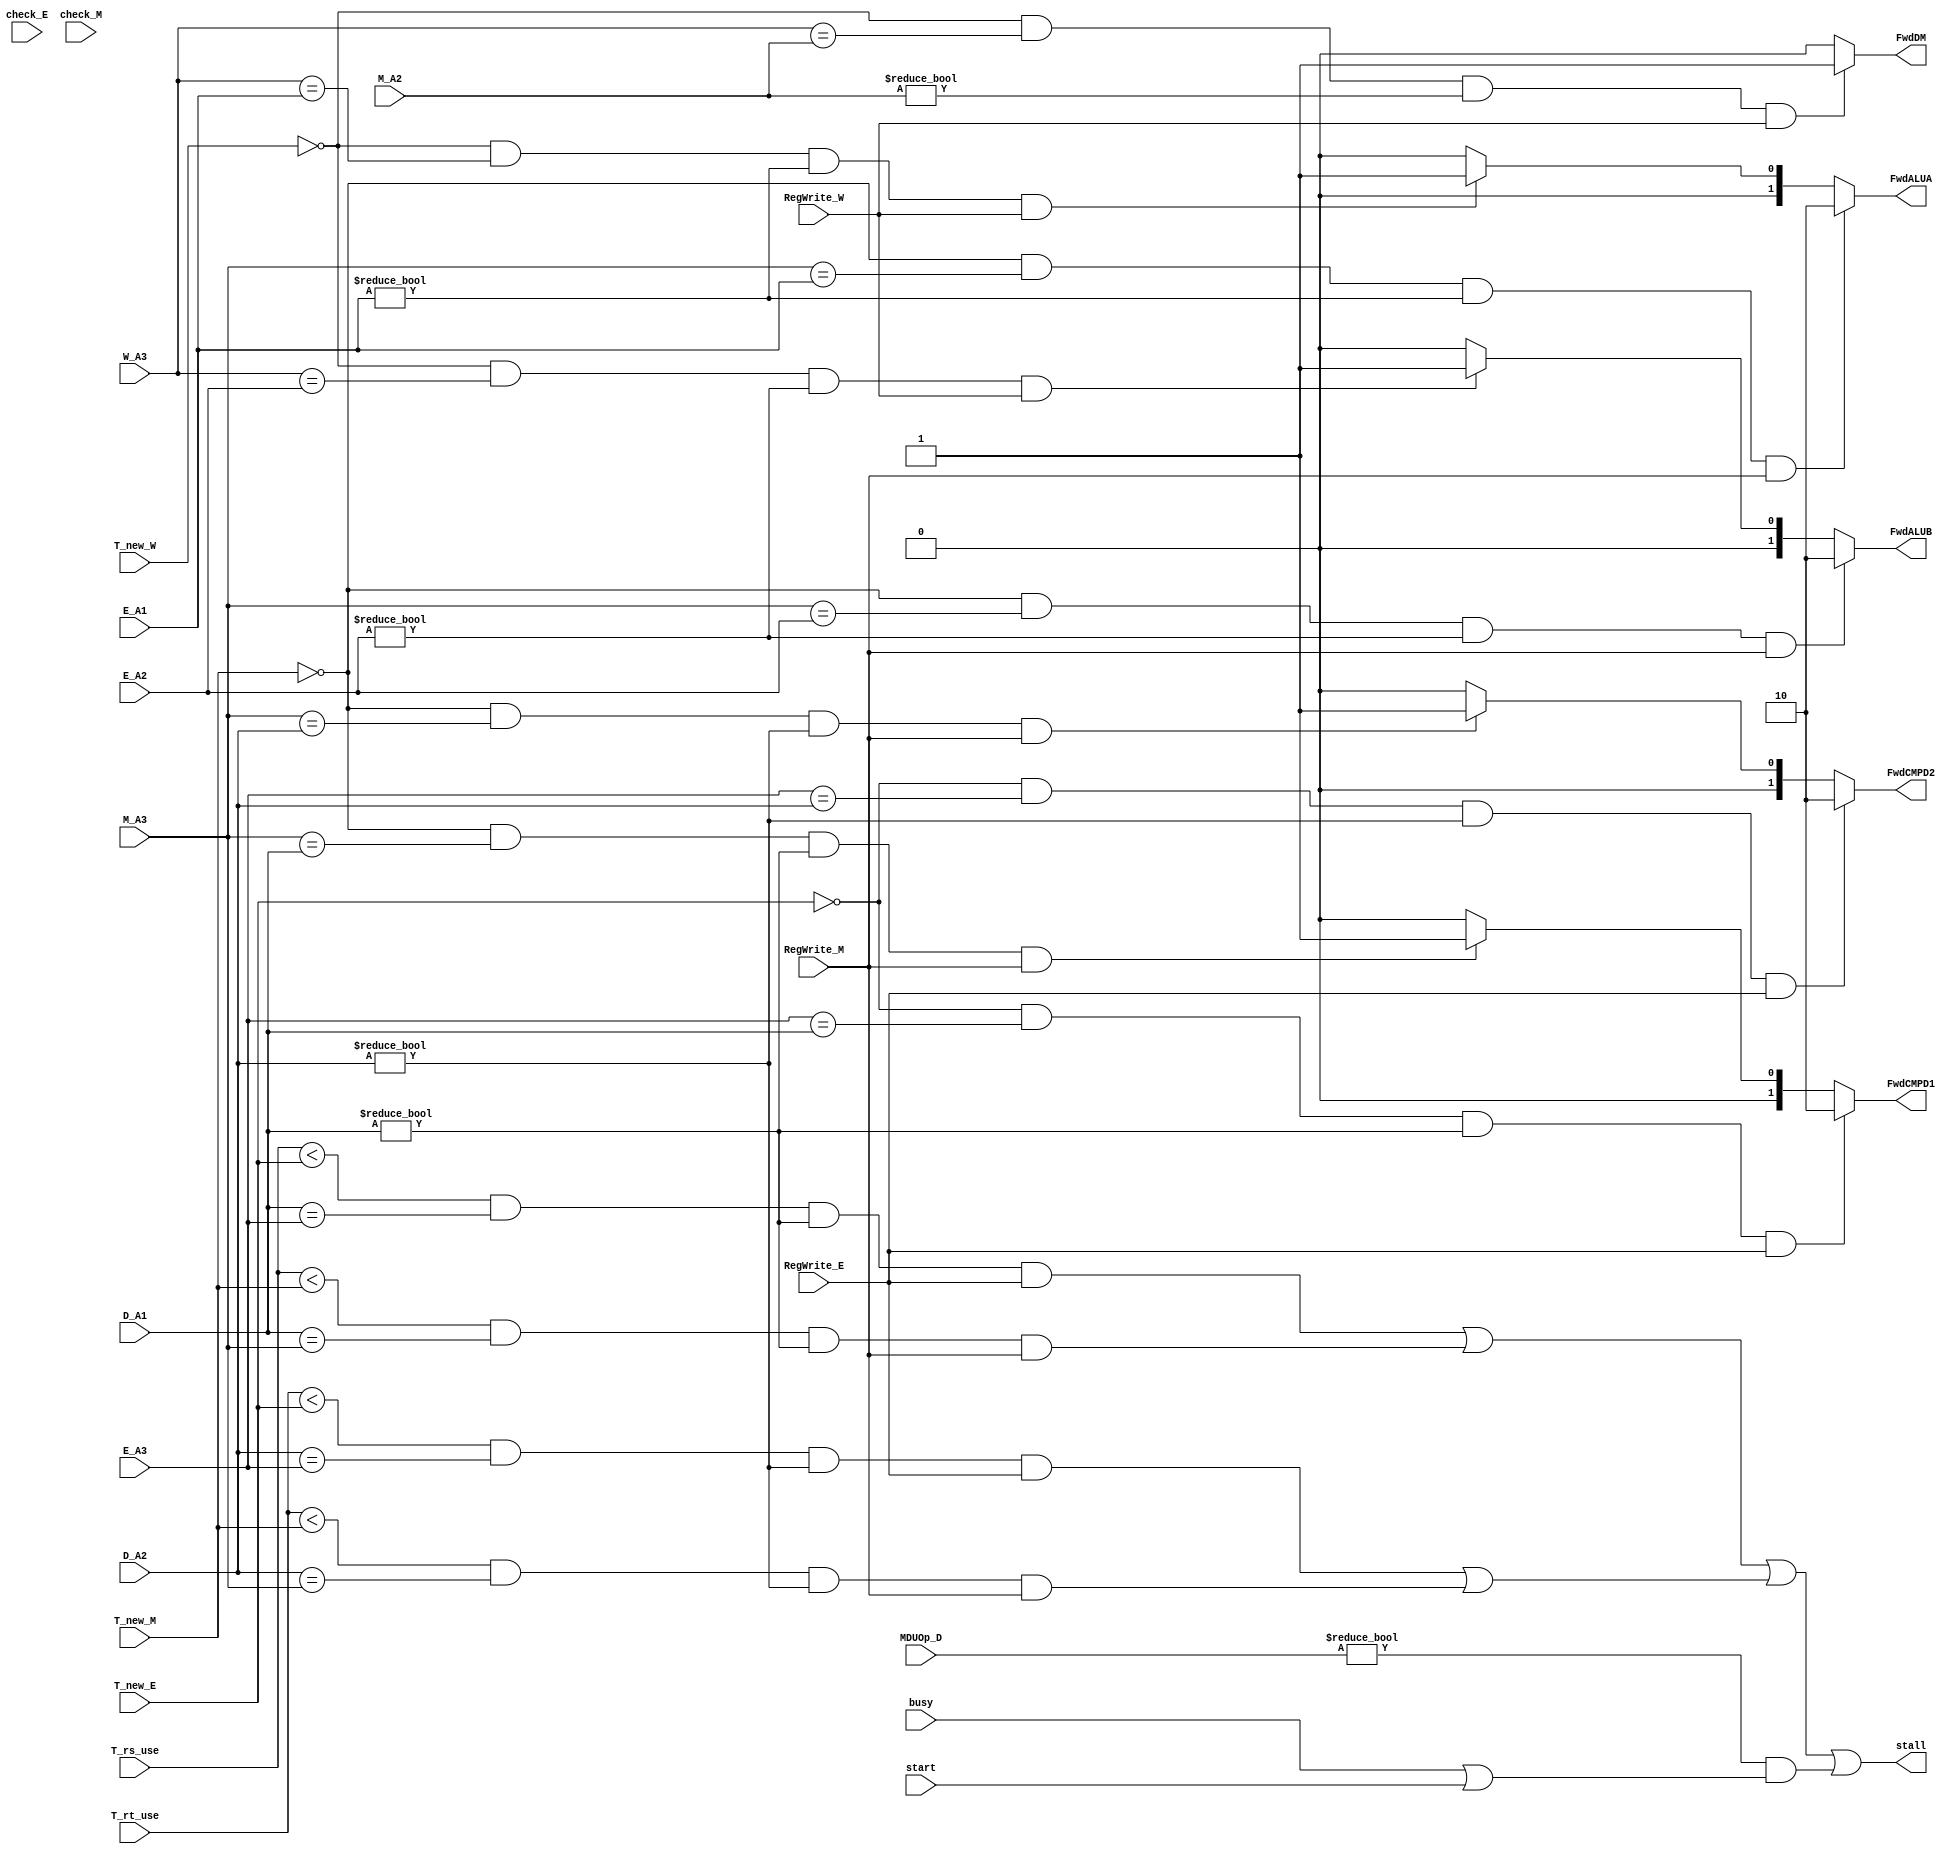
`timescale 1ns / 1ps
//////////////////////////////////////////////////////////////////////////////////
// Company: 
// Engineer: 
// 
// Design Name: 
// Module Name:    HCU 
// Project Name: 
// Target Devices: 
// Tool versions: 
// Description: 
//
// Dependencies: 
//
// Revision: 
// Revision 0.01 - File Created
// Additional Comments: 
//
//////////////////////////////////////////////////////////////////////////////////
// 
module HCU(
input wire [4:0] D_A1,
input wire [4:0] D_A2,
input wire [4:0] E_A1,
input wire [4:0] E_A2,
input wire [4:0] E_A3,
input check_E,  // class extend 
input wire [4:0] M_A2,
input wire [4:0] M_A3,
input check_M,  // class extend
input wire [4:0] W_A3,
input wire RegWrite_E,
input wire RegWrite_M,
input wire RegWrite_W,
input wire [1:0] T_rs_use,
input wire [1:0] T_rt_use,
input wire [1:0] T_new_E,
input wire [1:0] T_new_M,
input wire [1:0] T_new_W,
input wire [3:0] MDUOp_D,
input wire start,
input wire busy,
output wire [1:0] FwdCMPD1,
output wire [1:0] FwdCMPD2,
output wire [1:0] FwdALUA,
output wire [1:0] FwdALUB,
output wire FwdDM,
output wire stall
     );
//stall
wire stall_rs_e = (T_rs_use < T_new_E)&&(D_A1 == E_A3)&&(D_A1 != 5'b0)&&(RegWrite_E);
wire stall_rs_m = (T_rs_use < T_new_M)&&(D_A1 == M_A3)&&(D_A1 != 5'b0)&&(RegWrite_M);
wire stall_rs = stall_rs_e | stall_rs_m ;
wire stall_rt_e = (T_rt_use < T_new_E)&&(D_A2 == E_A3)&&(D_A2 != 5'b0)&&(RegWrite_E);
wire stall_rt_m = (T_rt_use < T_new_M)&&(D_A2 == M_A3)&&(D_A2 != 5'b0)&&(RegWrite_M);
wire stall_rt = stall_rt_e | stall_rt_m ;
wire stall_mdu = (MDUOp_D != 4'b0000)&&(busy | start);
assign stall = stall_rs | stall_rt | stall_mdu;
//forward
assign FwdCMPD1 = (T_new_E == 2'b00)&&(E_A3 == D_A1)&&(D_A1 != 5'b0)&&(RegWrite_E) ? 2'b10 :
						(T_new_M == 2'b00)&&(M_A3 == D_A1)&&(D_A1 != 5'b0)&&(RegWrite_M) ? 2'b01 :
						2'b00;
assign FwdCMPD2 = (T_new_E == 2'b00)&&(E_A3 == D_A2)&&(D_A2 != 5'b0)&&(RegWrite_E) ? 2'b10 :
						(T_new_M == 2'b00)&&(M_A3 == D_A2)&&(D_A2 != 5'b0)&&(RegWrite_M) ? 2'b01 :
						2'b00;
assign FwdALUA = (T_new_M == 2'b00)&&(M_A3 == E_A1)&&(E_A1 != 5'b0)&&(RegWrite_M) ? 2'b10 :
					  (T_new_W == 2'b00)&&(W_A3 == E_A1)&&(E_A1 != 5'b0)&&(RegWrite_W) ? 2'b01 :
					   2'b00;
assign FwdALUB = (T_new_M == 2'b00)&&(M_A3 == E_A2)&&(E_A2 != 5'b0)&&(RegWrite_M) ? 2'b10 :
					  (T_new_W == 2'b00)&&(W_A3 == E_A2)&&(E_A2 != 5'b0)&&(RegWrite_W) ? 2'b01 :
					   2'b00;
assign FwdDM = (T_new_W == 2'b00)&&(W_A3 == M_A2)&&(M_A2 != 5'b0)&&(RegWrite_W) ? 1'b1 : 1'b0;
endmodule